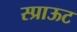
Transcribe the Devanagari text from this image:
स्प्राऊट